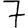
Digit: 7